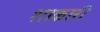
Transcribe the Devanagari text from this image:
शाकारी